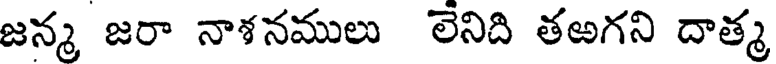
జన్మ జరా నాశనములు లేనిది తఱగని దాత్మ